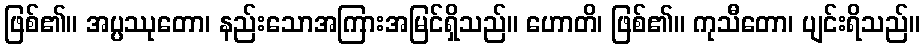
ဖြစ်၏။ အပ္ပဿုတော၊ နည်းသောအကြားအမြင်ရှိသည်။ ဟောတိ၊ ဖြစ်၏။ ကုသီတော၊ ပျင်းရိသည်။